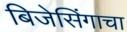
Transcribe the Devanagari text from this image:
बिजेसिंगाचा